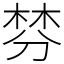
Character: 棼